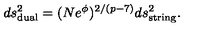
d s _ { \mathrm { d u a l } } ^ { 2 } = ( N e ^ { \phi } ) ^ { 2 / ( p - 7 ) } d s _ { \mathrm { s t r i n g } } ^ { 2 } .